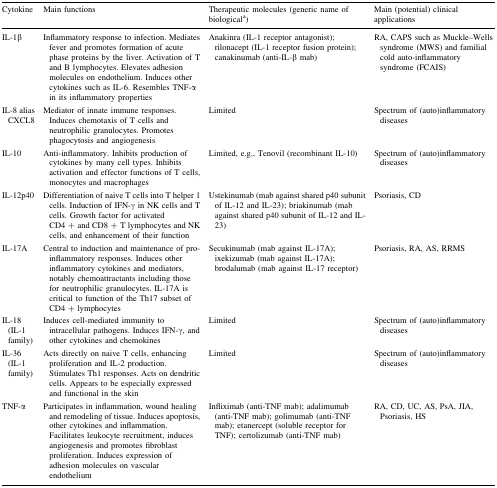
<table><thead><tr><td><b>Cytokine</b></td><td><b>Main functions</b></td><td><b>Therapeutic molecules (generic name of biological<sup>a</sup>)</b></td><td><b>Main (potential) clinical applications</b></td></tr></thead><tbody><tr><td>IL-1β</td><td>Inflammatory response to infection. Mediates fever and promotes formation of acute phase proteins by the liver. Activation of T and B lymphocytes. Elevates adhesion molecules on endothelium. Induces other cytokines such as IL-6. Resembles TNF-α in its inflammatory properties</td><td>Anakinra (IL-1 receptor antagonist); rilonacept (IL-1 receptor fusion protein); canakinumab (anti-IL-β mab)</td><td>RA, CAPS such as Muckle–Wells syndrome (MWS) and familial cold auto-inflammatory syndrome (FCAIS)</td></tr><tr><td>IL-8 alias CXCL8</td><td>Mediator of innate immune responses. Induces chemotaxis of T cells and neutrophilic granulocytes. Promotes phagocytosis and angiogenesis</td><td>Limited</td><td>Spectrum of (auto)inflammatory diseases</td></tr><tr><td>IL-10</td><td>Anti-inflammatory. Inhibits production of cytokines by many cell types. Inhibits activation and effector functions of T cells, monocytes and macrophages</td><td>Limited, e.g., Tenovil (recombinant IL-10)</td><td>Spectrum of (auto)inflammatory diseases</td></tr><tr><td>IL-12p40</td><td>Differentiation of naive T cells into T helper 1 cells. Induction of IFN-γ in NK cells and T cells. Growth factor for activated CD4 + and CD8 + T lymphocytes and NK cells, and enhancement of their function</td><td>Ustekinumab (mab against shared p40 subunit of IL-12 and IL-23); briakinumab (mab against shared p40 subunit of IL-12 and IL-23)</td><td>Psoriasis, CD</td></tr><tr><td>IL-17A</td><td>Central to induction and maintenance of pro-inflammatory responses. Induces other inflammatory cytokines and mediators, notably chemoattractants including those for neutrophilic granulocytes. IL-17A is critical to function of the Th17 subset of CD4 + lymphocytes</td><td>Secukinumab (mab against IL-17A); ixekizumab (mab against IL-17A); brodalumab (mab against IL-17 receptor)</td><td>Psoriasis, RA, AS, RRMS</td></tr><tr><td>IL-18 (IL-1 family)</td><td>Induces cell-mediated immunity to intracellular pathogens. Induces IFN-γ, and other cytokines and chemokines</td><td>Limited</td><td>Spectrum of (auto)inflammatory diseases</td></tr><tr><td>IL-36 (IL-1 family)</td><td>Acts directly on naive T cells, enhancing proliferation and IL-2 production. Stimulates Th1 responses. Acts on dendritic cells. Appears to be especially expressed and functional in the skin</td><td>Limited</td><td>Spectrum of (auto)inflammatory diseases</td></tr><tr><td>TNF-α</td><td>Participates in inflammation, wound healing and remodeling of tissue. Induces apoptosis, other cytokines and inflammation. Facilitates leukocyte recruitment, induces angiogenesis and promotes fibroblast proliferation. Induces expression of adhesion molecules on vascular endothelium</td><td>Infliximab (anti-TNF mab); adalimumab (anti-TNF mab); golimumab (anti-TNF mab); etanercept (soluble receptor for TNF); certolizumab (anti-TNF mab)</td><td>RA, CD, UC, AS, PsA, JIA, Psoriasis, HS</td></tr></tbody></table>